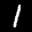
Label: 1